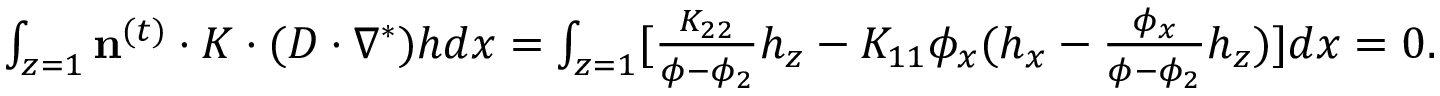
\begin{array} { r } { \int _ { z = 1 } \mathbf { n } ^ { ( t ) } \cdot K \cdot ( D \cdot \nabla ^ { * } ) h d x = \int _ { z = 1 } [ \frac { K _ { 2 2 } } { \phi - \phi _ { 2 } } h _ { z } - K _ { 1 1 } \phi _ { x } ( h _ { x } - \frac { \phi _ { x } } { \phi - \phi _ { 2 } } h _ { z } ) ] d x = 0 . } \end{array}